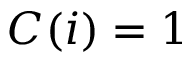
C ( i ) = 1